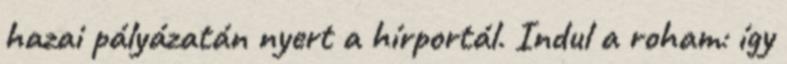
hazai pályázatán nyert a hírportál. Indul a roham: így